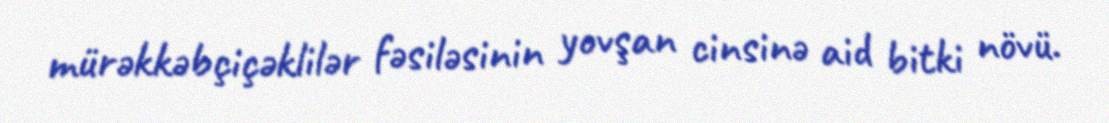
mürəkkəbçiçəklilər fəsiləsinin yovşan cinsinə aid bitki növü.